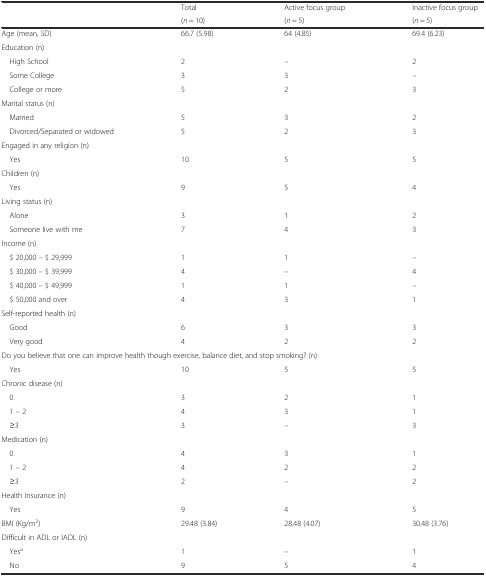
<table><thead><tr><td rowspan="2">[EMPTY_CELL]</td><td><b>Total</b></td><td><b>Active focus group</b></td><td><b>Inactive focus group</b></td></tr><tr><td><b>(<i>n</i> = 10)</b></td><td><b>(<i>n</i> = 5)</b></td><td><b>(<i>n</i> = 5)</b></td></tr></thead><tbody><tr><td>Age (mean, SD)</td><td>66.7 (5.98)</td><td>64 (4.85)</td><td>69.4 (6.23)</td></tr><tr><td colspan="4">Education (n)</td></tr><tr><td> High School</td><td>2</td><td>–</td><td>2</td></tr><tr><td> Some College</td><td>3</td><td>3</td><td>–</td></tr><tr><td> College or more</td><td>5</td><td>2</td><td>3</td></tr><tr><td colspan="4">Marital status (n)</td></tr><tr><td> Married</td><td>5</td><td>3</td><td>2</td></tr><tr><td> Divorced/Separated or widowed</td><td>5</td><td>2</td><td>3</td></tr><tr><td colspan="4">Engaged in any religion (n)</td></tr><tr><td> Yes</td><td>10</td><td>5</td><td>5</td></tr><tr><td colspan="4">Children (n)</td></tr><tr><td> Yes</td><td>9</td><td>5</td><td>4</td></tr><tr><td colspan="4">Living status (n)</td></tr><tr><td> Alone</td><td>3</td><td>1</td><td>2</td></tr><tr><td> Someone live with me</td><td>7</td><td>4</td><td>3</td></tr><tr><td colspan="4">Income (n)</td></tr><tr><td> $ 20,000 – $ 29,999</td><td>1</td><td>1</td><td>–</td></tr><tr><td> $ 30,000 – $ 39,999</td><td>4</td><td>–</td><td>4</td></tr><tr><td> $ 40,000 – $ 49,999</td><td>1</td><td>1</td><td>–</td></tr><tr><td> $ 50,000 and over</td><td>4</td><td>3</td><td>1</td></tr><tr><td colspan="4">Self-reported health (n)</td></tr><tr><td> Good</td><td>6</td><td>3</td><td>3</td></tr><tr><td> Very good</td><td>4</td><td>2</td><td>2</td></tr><tr><td colspan="4">Do you believe that one can improve health though exercise, balance diet, and stop smoking? (n)</td></tr><tr><td> Yes</td><td>10</td><td>5</td><td>5</td></tr><tr><td colspan="4">Chronic disease (n)</td></tr><tr><td> 0</td><td>3</td><td>2</td><td>1</td></tr><tr><td> 1 – 2</td><td>4</td><td>3</td><td>1</td></tr><tr><td> ≥3</td><td>3</td><td>–</td><td>3</td></tr><tr><td colspan="4">Medication (n)</td></tr><tr><td> 0</td><td>4</td><td>3</td><td>1</td></tr><tr><td> 1 – 2</td><td>4</td><td>2</td><td>2</td></tr><tr><td> ≥3</td><td>2</td><td>–</td><td>2</td></tr><tr><td colspan="4">Health Insurance (n)</td></tr><tr><td> Yes</td><td>9</td><td>4</td><td>5</td></tr><tr><td>BMI (Kg/m<sup>2</sup>)</td><td>29.48 (3.84)</td><td>28.48 (4.07)</td><td>30.48 (3.76)</td></tr><tr><td colspan="4">Difficult in ADL or IADL (n)</td></tr><tr><td> Yes<sup>a</sup></td><td>1</td><td>–</td><td>1</td></tr><tr><td> No</td><td>9</td><td>5</td><td>4</td></tr></tbody></table>